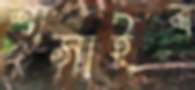
শাসাইব